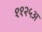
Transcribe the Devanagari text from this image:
११२५अ